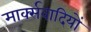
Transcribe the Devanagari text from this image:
मार्क्सवादियों